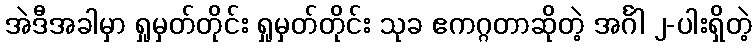
အဲဒီအခါမှာ ရှုမှတ်တိုင်း ရှုမှတ်တိုင်း သုခ ဧကဂ္ဂတာဆိုတဲ့ အင်္ဂါ ၂-ပါးရှိတဲ့